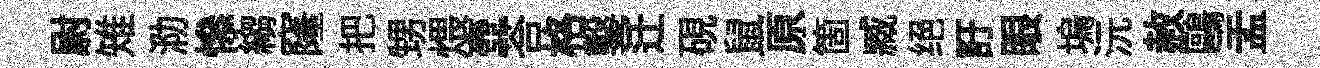
尉雉泐𢡖縐窿把甥煨壺荅格鑿迁硯鼠原箇臧绝訏眼塢沅赦鷗盂